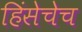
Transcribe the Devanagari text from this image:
हिंसेचेच